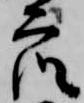
衆